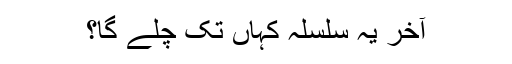
آخر یہ سلسلہ کہاں تک چلے گا؟